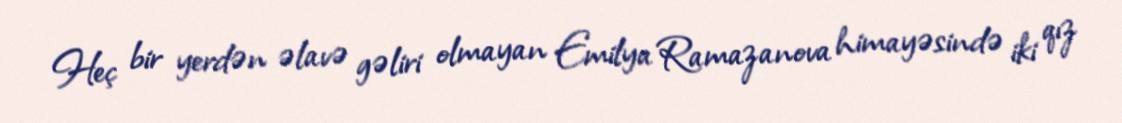
Heç bir yerdən əlavə gəliri olmayan Emilya Ramazanova himayəsində iki qız